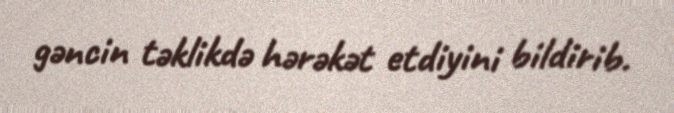
gəncin təklikdə hərəkət etdiyini bildirib.